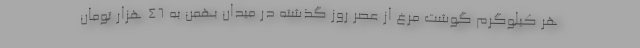
هر کیلوگرم گوشت مرغ از عصر روز گذشته در میدان بهمن به ۴۶ هزار تومان